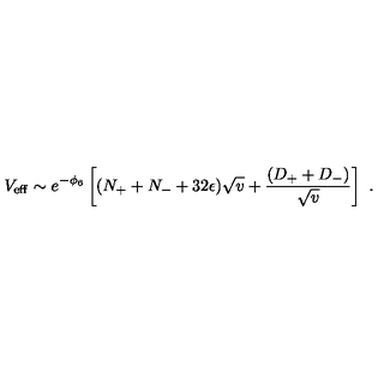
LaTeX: V _ { \mathrm { e f f } } \sim e ^ { - \phi _ { 6 } } \left[ ( N _ { + } + N _ { - } + 3 2 \epsilon ) \sqrt { v } + \frac { ( D _ { + } + D _ { - } ) } { \sqrt { v } } \right] \ .